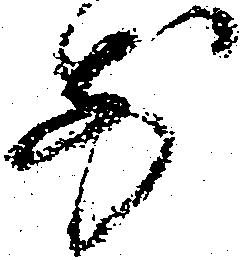
前